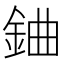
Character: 𨦈